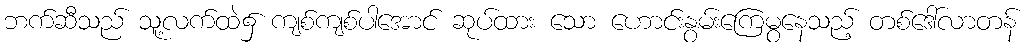
ဘက်ဆီသည် သူ့လက်ထဲ၌ ကျစ်ကျစ်ပါအောင် ဆုပ်ထား သော ဟောင်းနွမ်းကြေမွနေသည့် တစ်ဒေါ်လာတန်